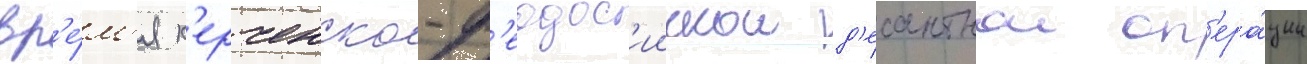
вр'е́м'я к'ерченско-ф'еодос'иискои д'есантнои оп'ера́ции